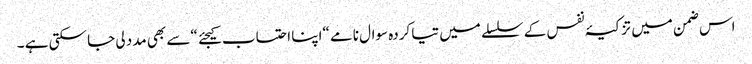
اس ضمن میں تزکیۂ نفس کے سلسلے میں تیا کردہ سوال نامے “اپنا احتساب کیجئے “سے بھی مدد لی جا سکتی ہے ۔